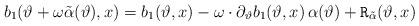
LaTeX: \begin{align*}b_1(\vartheta+\omega\tilde{\alpha}(\vartheta), x)=b_1(\vartheta, x)-\omega\cdot\partial_{\vartheta} b_1(\vartheta, x)\,\alpha(\vartheta)+\mathtt{R}_{\tilde{\alpha}}(\vartheta, x)\end{align*}